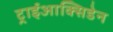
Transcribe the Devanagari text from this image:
ट्राईआक्सिडेन